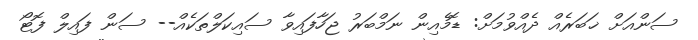
ސަންއަށް ޚަބަރެއް ދެއްވުމަށް: ޑޮމެއިން ނަމްބަރު ޖަހާފައިވާ ސައިކަލްތަކެއް-- ސަން ފައިލް ފޮޓޯ